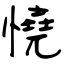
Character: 憢